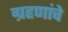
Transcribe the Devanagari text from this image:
ग्रहणांचे